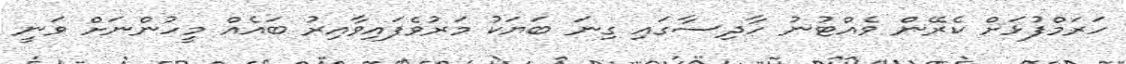
ހަރަމްފުޅަށް ކެރޭން ވެއްޓުނު ހާދިސާގައި ގިނަ ބަޔަކު މަރުވެފައިވާއިރު ބައެއް މީހުންނަށް ވަނީ